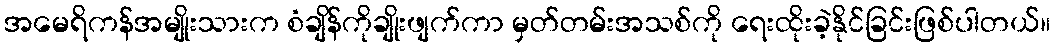
အမေရိကန်အမျိုးသားက စံချိန်ကိုချိုးဖျက်ကာ မှတ်တမ်းအသစ်ကို ရေးထိုးခဲ့နိုင်ခြင်းဖြစ်ပါတယ်။